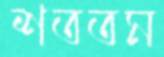
শততম